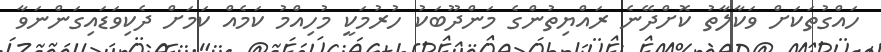
ހައްގުތަކަށް ވަކާލާތު ކޮށްދޭނެ ރައްޔިތުންގެ މަންދޫބަކު ހުރުމަކީ މުހިއްމު ކަމެއް ކަމަށް ދެކިވަޑައިގަންނަވާ